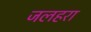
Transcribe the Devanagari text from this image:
जलहरा